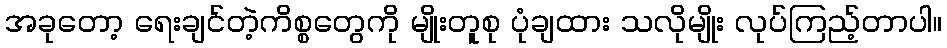
အခုတော့ ရေးချင်တဲ့ကိစ္စတွေကို မျိုးတူစု ပုံချထား သလိုမျိုး လုပ်ကြည့်တာပါ။